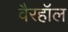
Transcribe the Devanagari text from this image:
वैरहॉल